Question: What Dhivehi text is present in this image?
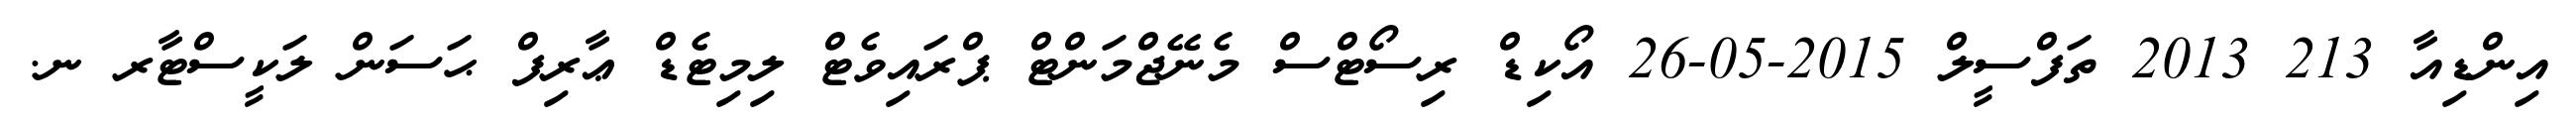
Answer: އިންޑިއާ 213 2013 ތަފްސީލް 2015-05-26 އޯކިޑް ރިސޯޓްސް މެނޭޖްމަންޓް ޕްރައިވެޓް ލިމިޓެޑް ޢާރިފް ޙަސަން ލަކީސްޓާރ ނ.